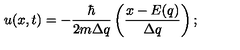
u ( x , t ) = - \frac { \hbar } { 2 m \Delta q } \left( \frac { x - E ( q ) } { \Delta q } \right) ;